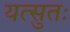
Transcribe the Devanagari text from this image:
यत्सुतः